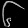
Digit: ၆